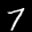
Label: 7